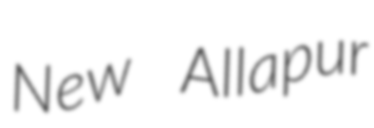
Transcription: New Allapur